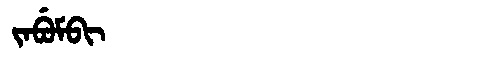
Manchu: ᠵᠠᠪᡠᠮᠪᡳ
Romanization: JABUMBI